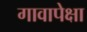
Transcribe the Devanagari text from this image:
गावापेक्षा